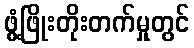
ဖွံ့ဖြိုးတိုးတက်မှုတွင်